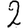
Digit: 2